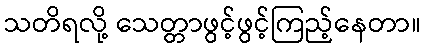
သတိရလို့ သေတ္တာဖွင့်ဖွင့်ကြည့်နေတာ။